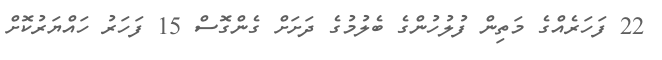
22 ފަހަރެއްގެ މަތިން ފުލުހުންގެ ބެލުމުގެ ދަށަށް ގެންގޮސް 15 ފަހަރު ހައްޔަރުކޮށް